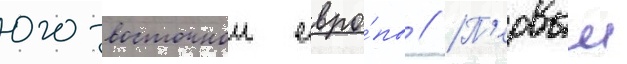
юго-восточнои евро́пы // П'ервыи